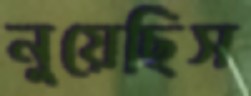
নুয়েছিস